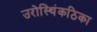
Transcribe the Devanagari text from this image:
उरोस्थिंकठिका